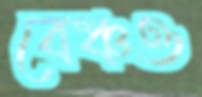
বেঞ্চও